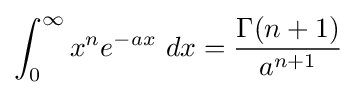
\int _{0}^{\infty }x^{n}e^{-ax}\ dx={\frac {\Gamma (n+1)}{a^{n+1}}}